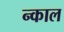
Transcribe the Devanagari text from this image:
न्काल